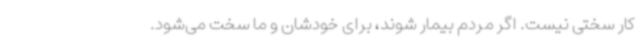
کار سختی نیست. اگر مردم بیمار شوند، برای خودشان و ما سخت می‌شود.